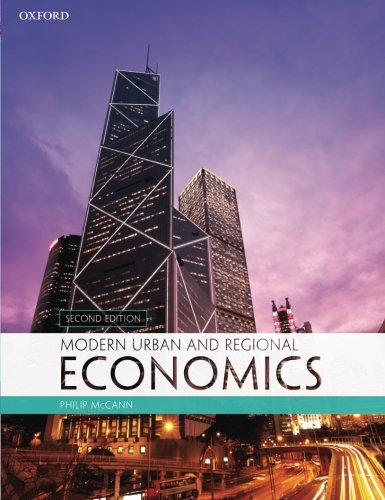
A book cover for Modern Urban and Regional Economics; Philip McCann; Business & Money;